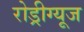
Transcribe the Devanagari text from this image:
रोड्रीग्यूज